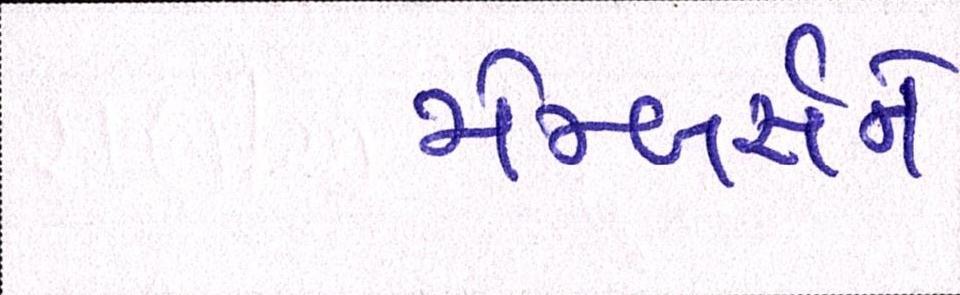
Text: મેમ્બર્સને